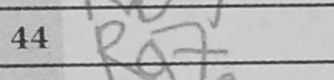
Transcription: Rg7